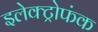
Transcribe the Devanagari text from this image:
इलेक्ट्रोफंक